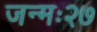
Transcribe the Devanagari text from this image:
जन्मः२७